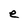
Character: e